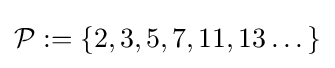
{\mathcal {P}}:=\{2,3,5,7,11,13\dots \}